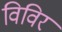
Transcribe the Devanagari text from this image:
विविर